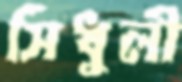
সিধুলী